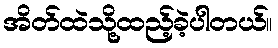
အိတ်ထဲသို့ထည့်ခဲ့ပါတယ်။